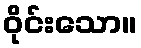
ဝိုင်းသော။